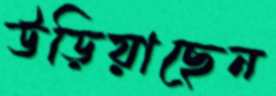
উড়িয়াছেন